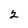
Character: 2